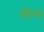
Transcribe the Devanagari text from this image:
सौन्य